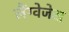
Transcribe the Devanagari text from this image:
लैंग्वेजेस